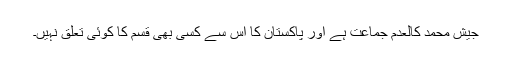
جیش محمد کالعدم جماعت ہے اور پاکستان کا اس سے کسی بھی قسم کا کوئی تعلق نہیں۔